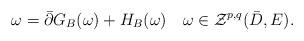
LaTeX: \begin{align*}\omega=\bar{\partial}G_B(\omega)+H_B(\omega)\quad\omega \in \mathcal Z^{p,q}(\bar{D},E).\end{align*}